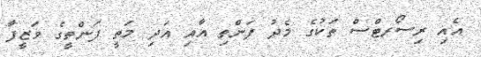
އެއި ރިސޯރޓްސް ތަކުގެ މެދު ފަންތި އާއި އަދި މަތީ ފަންތީގެ ވަޒީފާ